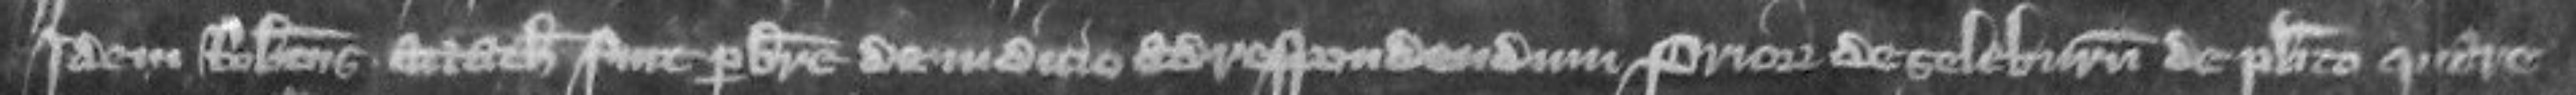
Idem Robertus attachiatus fuit per breve de judicio ad respondendum priori de Seleburn de placito quare